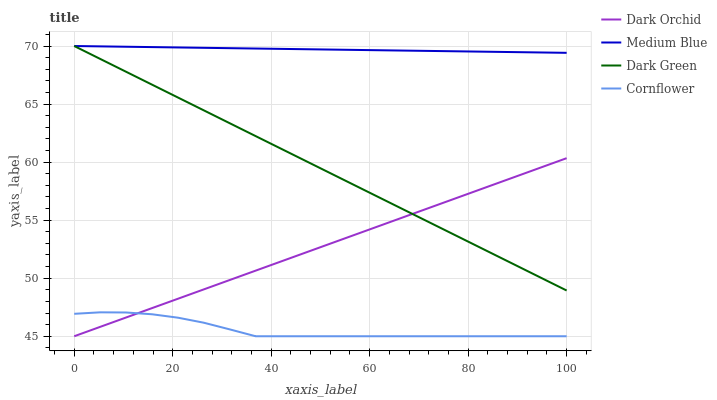
| xaxis_label | Dark Orchid | Medium Blue | Dark Green | Cornflower |
 | --- | --- | --- | --- | --- |
 | 0 | 45 | 70 | 70 | 46.9 |
 | 5.26 | 45.8 | 70 | 68.9 | 47.1 |
 | 10.5 | 46.6 | 69.9 | 67.8 | 47 |
 | 15.8 | 47.4 | 69.9 | 66.7 | 46.9 |
 | 21.1 | 48.2 | 69.9 | 65.6 | 46.6 |
 | 26.3 | 49 | 69.8 | 64.5 | 46.2 |
 | 31.6 | 49.8 | 69.8 | 63.3 | 45.6 |
 | 36.8 | 50.7 | 69.8 | 62.2 | 45 |
 | 42.1 | 51.5 | 69.8 | 61.1 | 45 |
 | 47.4 | 52.3 | 69.7 | 60 | 45 |
 | 52.6 | 53.1 | 69.7 | 58.9 | 45 |
 | 57.9 | 53.9 | 69.7 | 57.8 | 45 |
 | 63.2 | 54.7 | 69.6 | 56.7 | 45 |
 | 68.4 | 55.5 | 69.6 | 55.6 | 45 |
 | 73.7 | 56.3 | 69.6 | 54.5 | 45 |
 | 78.9 | 57.1 | 69.5 | 53.4 | 45 |
 | 84.2 | 57.9 | 69.5 | 52.3 | 45 |
 | 89.5 | 58.7 | 69.5 | 51.2 | 45 |
 | 94.7 | 59.5 | 69.4 | 50 | 45 |
 | 100 | 60.3 | 69.4 | 48.9 | 45 |